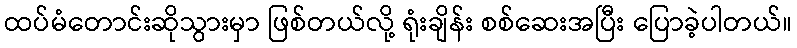
ထပ်မံတောင်းဆိုသွားမှာ ဖြစ်တယ်လို့ ရုံးချိန်း စစ်ဆေးအပြီး ပြောခဲ့ပါတယ်။